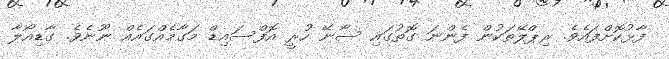
ފާޅުކޮށްފައެވެ. ރިޕްލޭތަކުން ފެންނަ ގޮތުގައި ސާނޭ ހުރީ އޮފްސައިޑް މަގާމެއްގައެއް ނޫނެވެ. ގާޑިއޯލާ